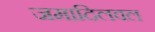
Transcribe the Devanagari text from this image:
जमादिलवल